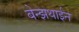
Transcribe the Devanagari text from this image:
बेन्झथाईन